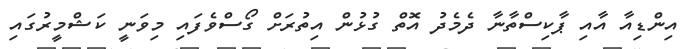
އިންޑިއާ އާއި ޕާކިސްތާނާ ދެމެދު އޮތް ގުޅުން އިތުރަށް ގޯސްވެފައި މިވަނީ ކަޝްމީރުގައި